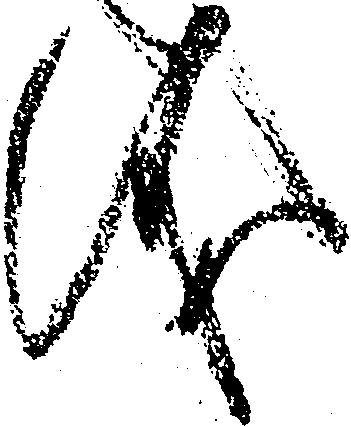
儀